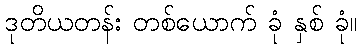
ဒုတိယတန်း တစ်ယောက် ခုံ နှစ် ခုံ။